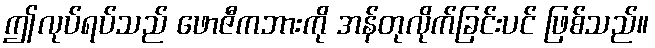
ဤလုပ်ရပ်သည် ဖောဇီကဘားကို အန်တုလိုက်ခြင်းပင် ဖြစ်သည်။